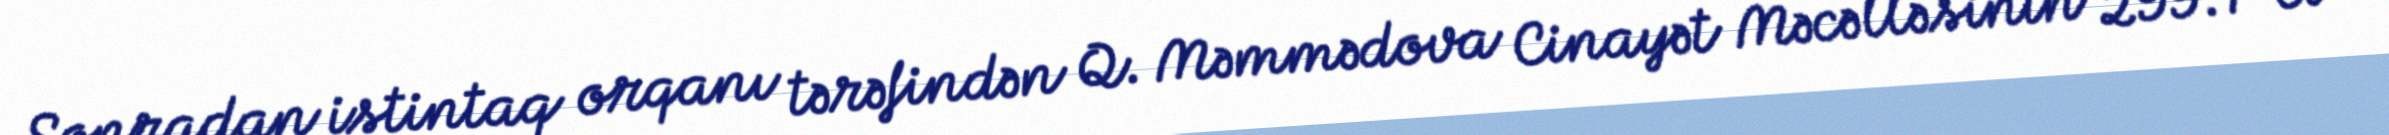
Sonradan istintaq orqanı tərəfindən Q. Məmmədova Cinayət Məcəlləsinin 299.1-ci